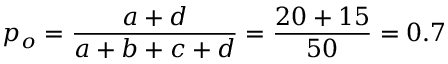
p _ { o } = { \frac { a + d } { a + b + c + d } } = { \frac { 2 0 + 1 5 } { 5 0 } } = 0 . 7